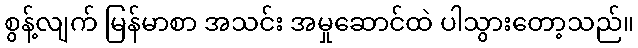
စွန့်လျက် မြန်မာစာ အသင်း အမှုဆောင်ထဲ ပါသွားတော့သည်။